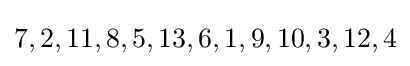
7,2,11,8,5,13,6,1,9,10,3,12,4